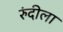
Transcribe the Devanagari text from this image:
रुंदीला